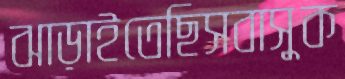
ঝাড়াইতেছিসবাসুক